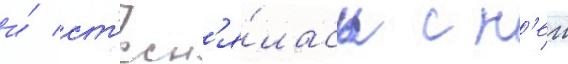
и́ ст'есн'я́лась с н'еи